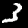
Label: 3